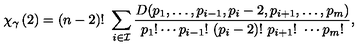
\chi _ { \gamma } \left( 2 \right) = ( n - 2 ) ! \ \sum _ { i \in { \cal I } } \frac { D ( p _ { 1 } , \ldots , p _ { i - 1 } , p _ { i } - 2 , p _ { i + 1 } , \ldots , p _ { m } ) } { p _ { 1 } ! \cdots p _ { i - 1 } ! \ ( p _ { i } - 2 ) ! \ p _ { i + 1 } ! \ \cdots p _ { m } ! } ,